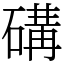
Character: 䃓